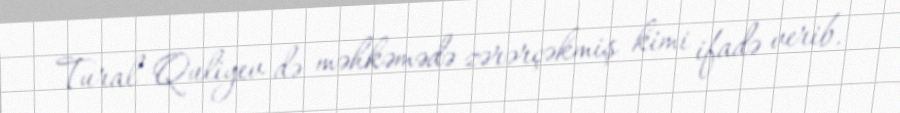
Tural Quliyev də məhkəmədə zərərçəkmiş kimi ifadə verib.